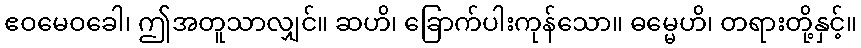
ဧဝမေဝခေါ၊ ဤအတူသာလျှင်။ ဆဟိ၊ ခြောက်ပါးကုန်သော။ ဓမ္မေဟိ၊ တရားတို့နှင့်။